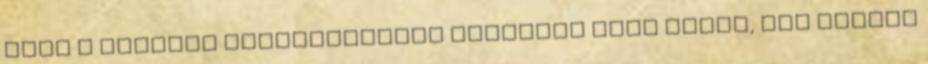
gomb a Betclic regisztrációs oldalára visz téged, itt töltsd